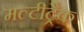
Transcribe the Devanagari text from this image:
मल्टीट्रैक